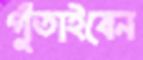
গুঁতাইবেন